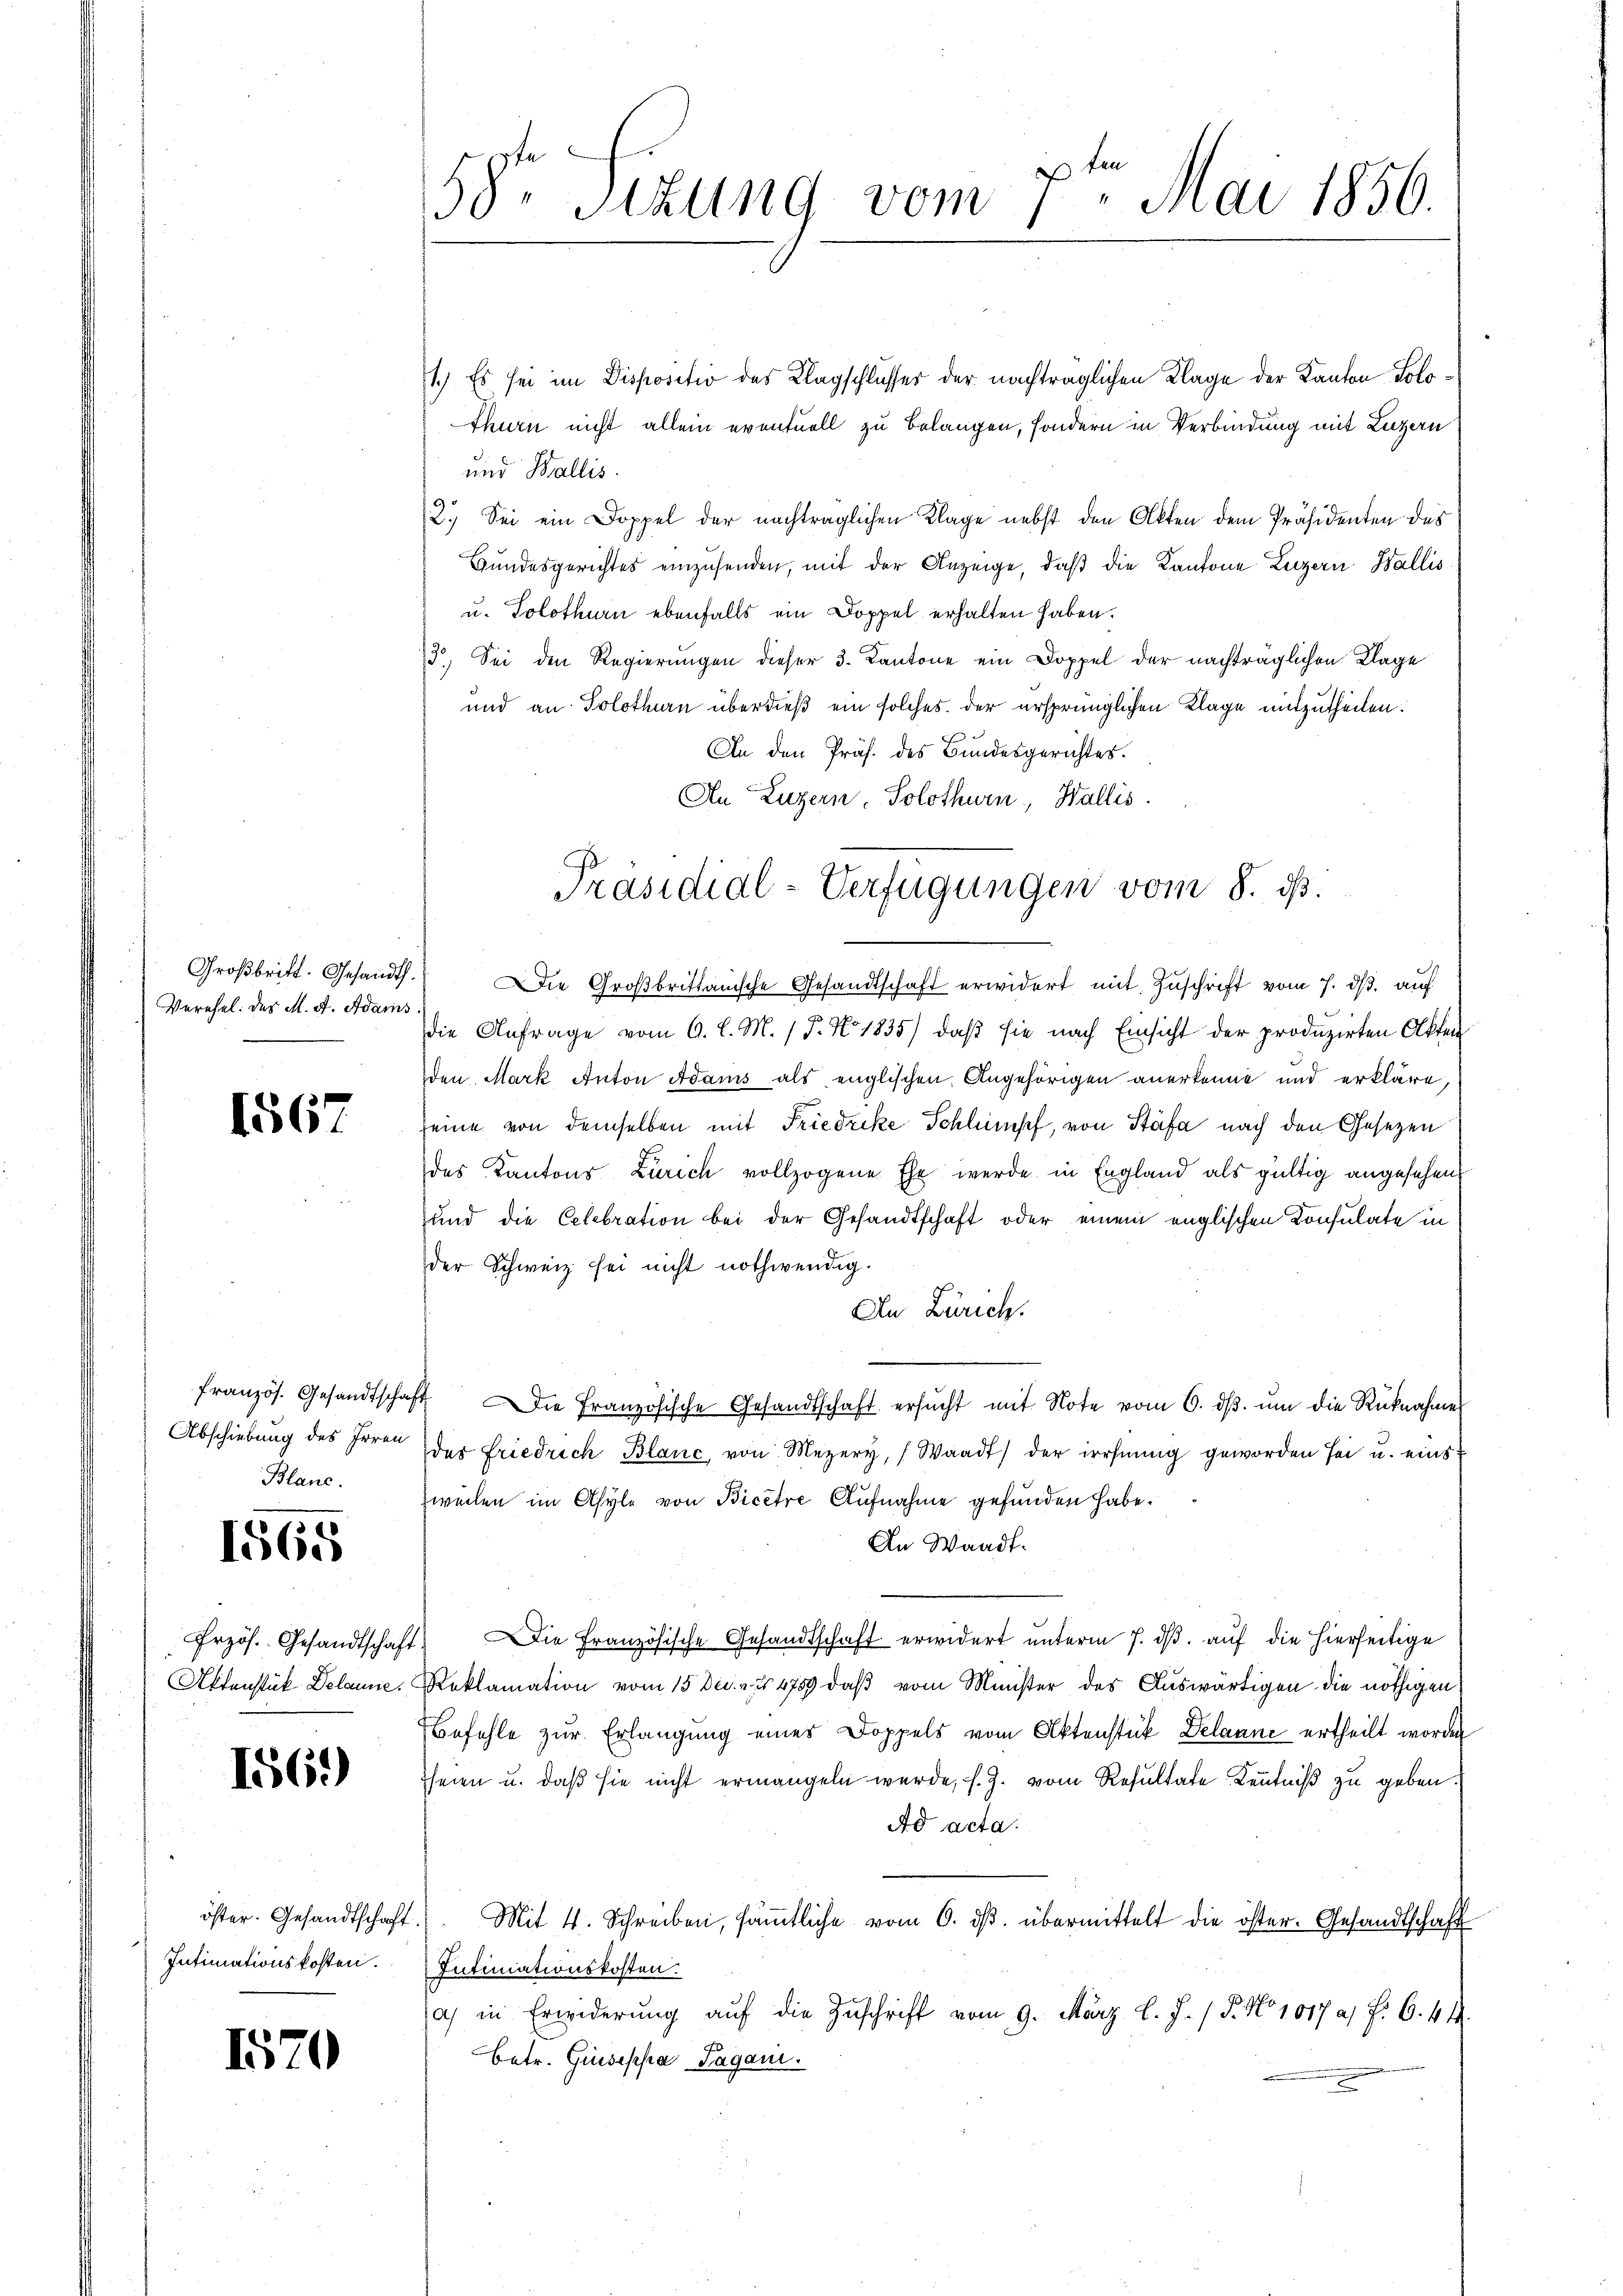
Verehel. des M. A. Adams

1567

Abschiebung des Irren
Blanc.

1565

1569)

öster. Gesandtschaft.
Intimationskosten.

1570

1.) Es sei im Dispositio des Klagschlusser der nachträglichen Klage der Kanton Solothurn nicht allein eventuell zu belangen, sondern in Verbindung mit Luzern
und Wallis.
2.) Sei ein Doppel der nachträglichen Klage nebst den Akten dem Präsidenten des
Bŭndesgerichtes einzŭsenden, mit der Anzeige, daß die Kantone Luzern Wallis
u. Solothurn ebenfalls ein Doppel erhalten haben.
13. Sei den Regierungen dieser 3. Kantone ein Doppel der nachträglichen Klage
und an Solothurn überdieß ein solches der ursprünglichen Klage mitzutheilen.
An den Präs. des Bundesgerichtes.
An Luzern, Solothurn, Wallis.
Großbritt. Gesandt. Die Großbrittanische Gesandtschaft erwidert mit Zuschrift vom 7. ds. auf
die Anfrage vom 6. l. M. / 5. No. 1835) daß sie nach Einsicht der produzirten Akten
den Mark Anton Adams als englischen Angehörigen anerkenne und erkläre,
seine von demselben mit Friedrike Schlumpf, von Stäfa nach den Gesetzen
des Kantons Zürich vollzogene Ehe werde in England als gültig angesehend
und die Celebration bei der Gesandtschaft oder einem englischen Konsulate in
der Schweiz sei nicht nothwendig.
An Zürich.
französ. Gesandtschaft die französische Gesandtschaft ersŭcht mit Note vom 6. dβ. ŭm die Rücknahme
der Friedrich Blanc, von Mezery, Waadt) der irrhnung geworden sei u. eins
weilen im Asyle von Bicere Aufnahme gefunden habe.
An Waadt.
rzös. Gesandtschaft. Die Französische Gesandtschaft erwidert unterm 7. ds. auf die hierseitige
Aktenstück Delaune, Reklamation vom 15 Dec. v. 4759 daß vom Minister des Auswärtigen die nöthigen
Befehle zŭr Erlangung eines Doppels vom Aktenstück Delaane ertheilt worden
heien u. daß sie nicht ermangeln werde, s. Z. vom Resultate Kenntniß zu geben.
Ad acta.
Mit 4. Schreiben, säṁtliche vom 6. dβ. übermittelt die öster. Gesandtschaft
Intimationskosten.
a) in Erwiderŭng aŭf die Zŭschrift vom 9. März l. J. / 5. No 1017 a. f. 6. 44.
Betr. Giusepha Sagani

58te Sizung vom 7ten Mai 1856.

Präsidial-Verfügungen vom 8. ds.